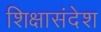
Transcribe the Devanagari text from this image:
शिक्षासंदेश